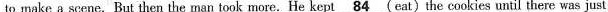
to make a scene .But then the man took more. He kept \underline{84}eat the cookies until there was just